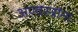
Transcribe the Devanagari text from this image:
अण्वस्त्रांना